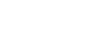
လိုင်းသည်